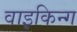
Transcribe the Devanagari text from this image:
वाइकिन्ग